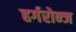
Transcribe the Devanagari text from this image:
हर्गरोन्ज